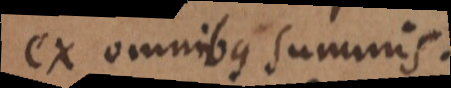
ex omnibus summis.